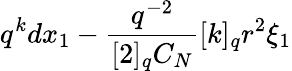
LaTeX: q^{k}dx_{1}-\frac{q^{-2}}{[2]_{q}C_{N}}[k]_{q}r^{2}\xi_{1}